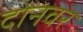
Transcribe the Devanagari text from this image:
दोनवर